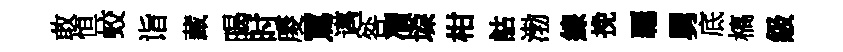
敢恒蛟诣藏暍时庱罵邁咎凟垜柑詁渤線挽覊舅底槁級